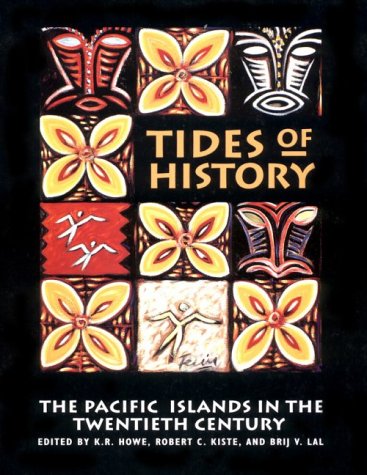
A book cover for Tides of History: The Pacific Islands in the Twentieth Century; History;